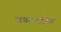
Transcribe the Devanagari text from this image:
कफ़रहित